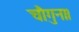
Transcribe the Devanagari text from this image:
चौगुना।